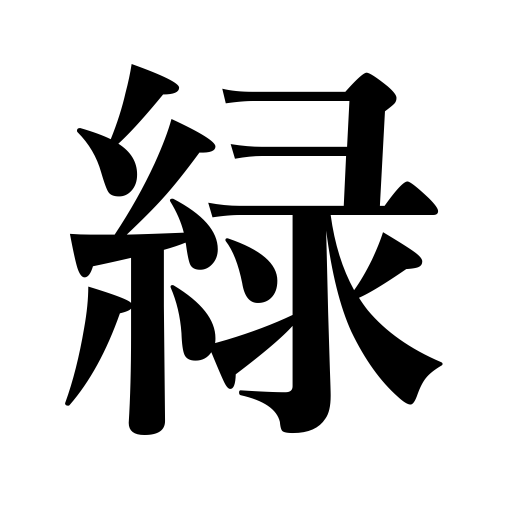
Meanings: green,verdure